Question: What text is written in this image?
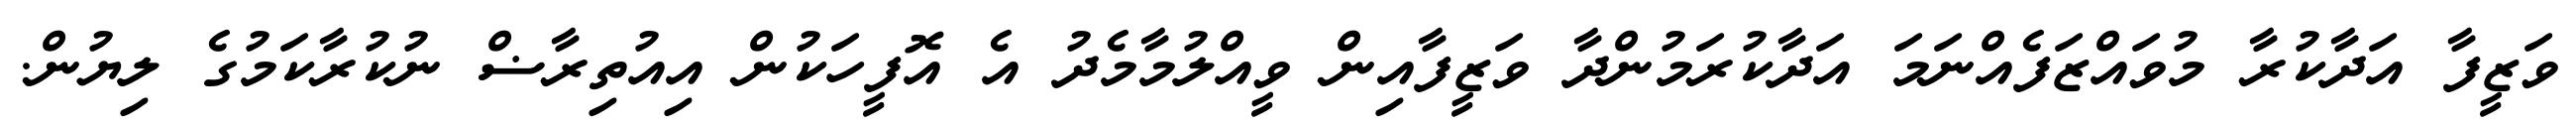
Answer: ވަޒީފާ އަދާކުރާ މުވައްޒަފެއްނަމަ އަދާކުރަމުންދާ ވަޒީފާއިން ވީއްލުމާމެދު އެ އޮފީހަކުން އިއުތިރާޟް ނުކުރާކަމުގެ ލިޔުން.